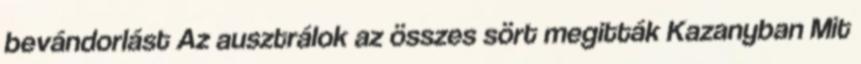
bevándorlást Az ausztrálok az összes sört megitták Kazanyban Mit